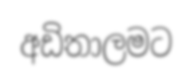
අඩිතාලමට